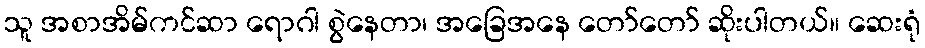
သူ အစာအိမ်ကင်ဆာ ရောဂါ စွဲနေတာ၊ အခြေအနေ တော်တော် ဆိုးပါတယ်။ ဆေးရုံ